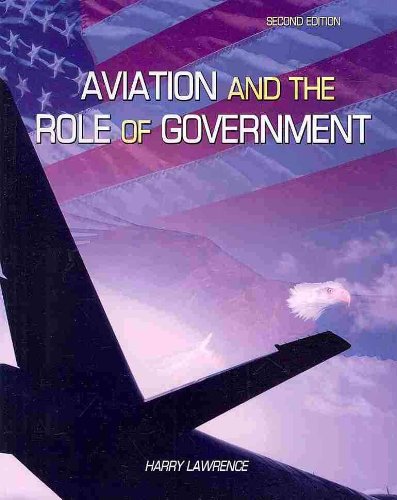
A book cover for Aviation and the Role of Government; Harry W Lawrence; Law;